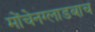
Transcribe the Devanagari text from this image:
मोंचेनग्लाडबाच